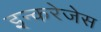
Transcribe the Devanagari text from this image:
इन्करेजेस